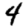
Digit: 4